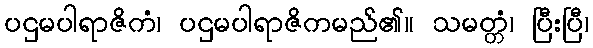
ပဌမပါရာဇိကံ၊ ပဌမပါရာဇိကမည်၏။ သမတ္တံ၊ ပြီးပြီ၊